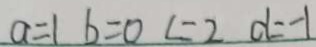
a = 1 b = 0 c = 2 d = - 1